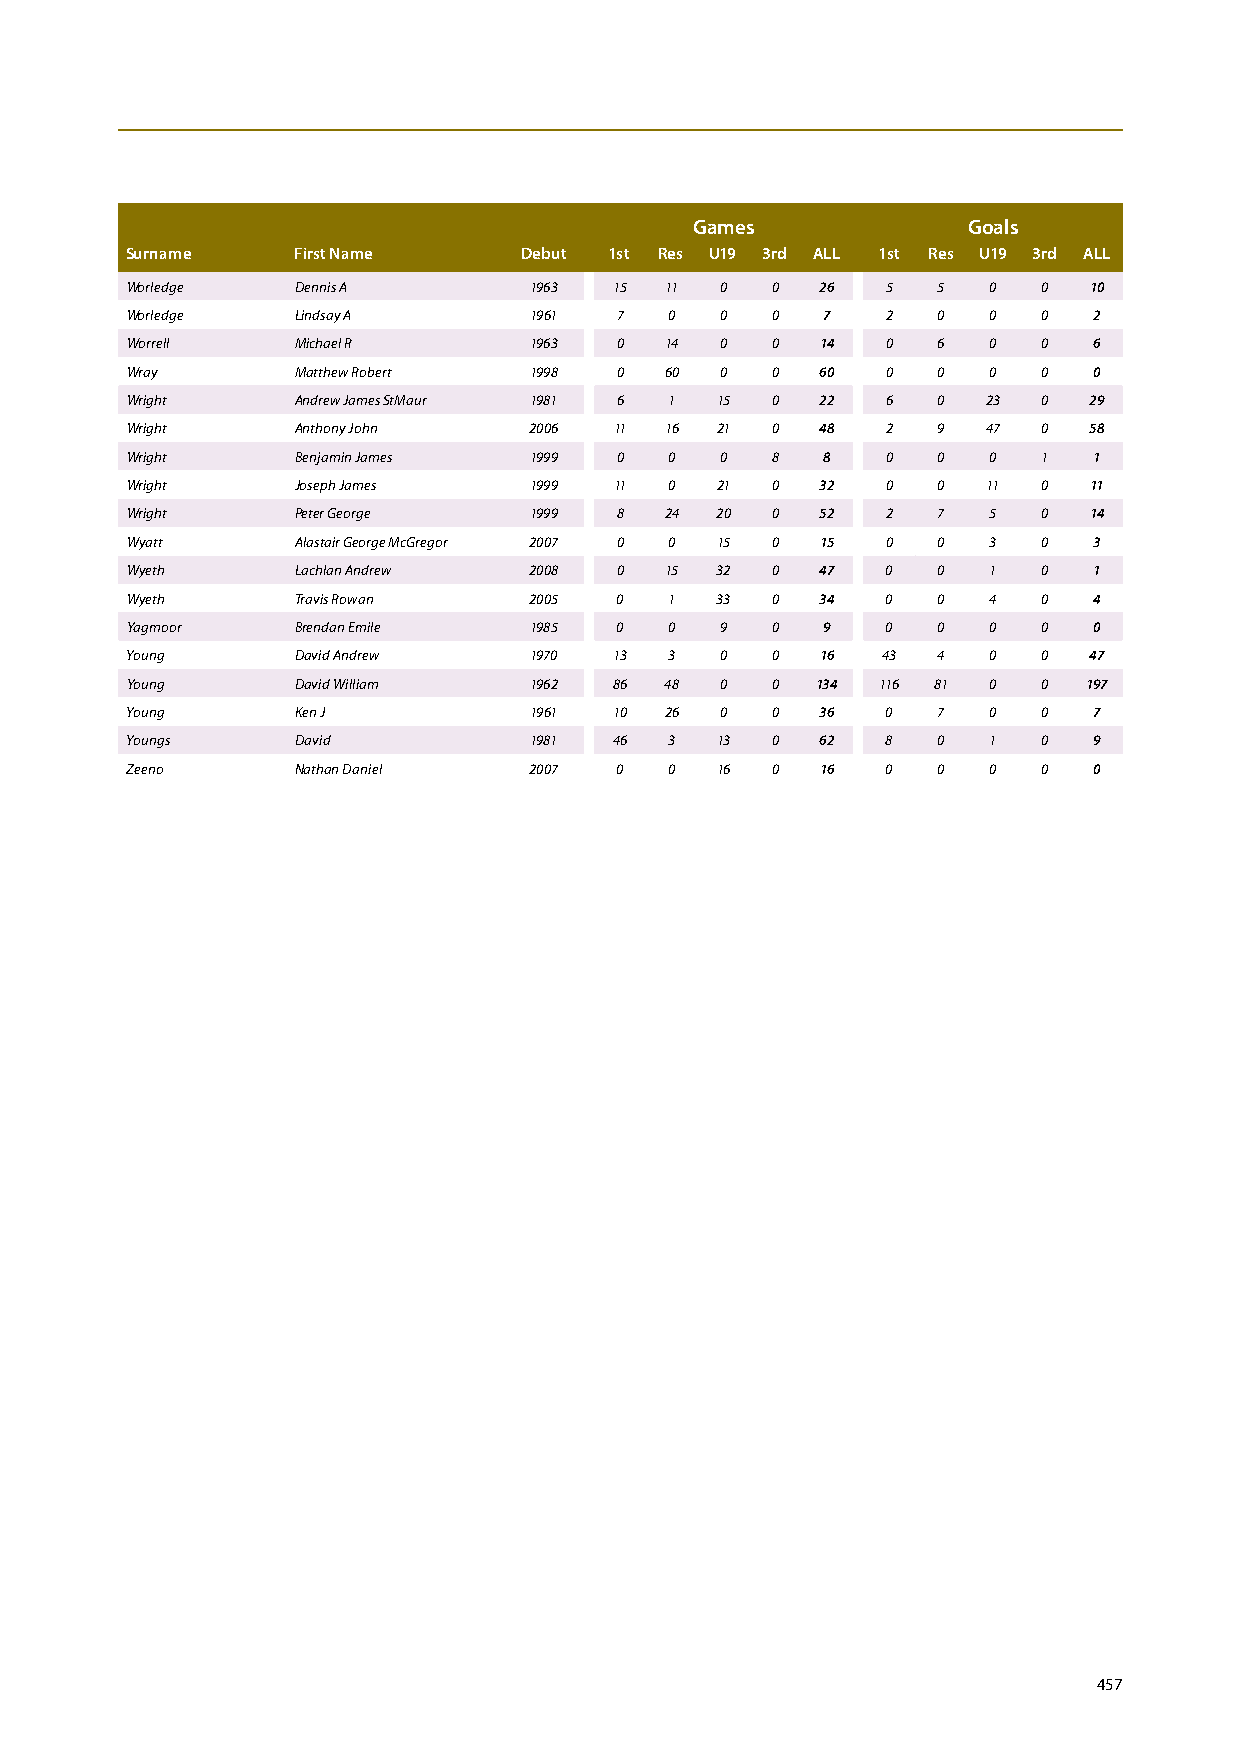
games             goals
 Surname    First Name     Debut 1st Res u19 3rd ALL 1st Res u19 3rd ALL
 Worledge    Dennis A       1963  15 11  0  0  26   5  5  0   0  10
 Worledge    Lindsay A      1961  7  0   0  0  7    2  0  0   0  2
 Worrell     Michael R      1963  0  14  0  0  14   0  6  0   0  6
 Wray        Matthew Robert 1998  0  60  0  0  60   0  0  0   0  0
 Wright      Andrew James StMaur 1981 6 1 15 0 22   6  0  23  0  29
 Wright      Anthony John   2006  11 16 21  0  48   2  9  47  0  58
 Wright      Benjamin James 1999  0  0   0  8  8    0  0  0   1  1
 Wright      Joseph James   1999  11 0  21  0  32   0  0  11  0  11
 Wright      Peter George   1999  8  24 20  0  52   2  7  5   0  14
 Wyatt       Alastair George McGregor 2007 0 0 15 0 15 0 0 3  0  3
 Wyeth       Lachlan Andrew 2008  0  15 32  0  47   0  0  1   0  1
 Wyeth       Travis Rowan   2005  0  1  33  0  34   0  0  4   0  4
 Yagmoor     Brendan Emile  1985  0  0   9  0  9    0  0  0   0  0
 Young       David Andrew   1970  13 3   0  0  16  43  4  0   0  47
 Young       David William  1962  86 48  0  0  134 116 81 0   0  197
 Young       Ken J          1961  10 26  0  0  36   0  7  0   0  7
 Youngs      David          1981  46 3  13  0  62   8  0  1   0  9
 Zeeno       Nathan Daniel  2007  0  0  16  0  16   0  0  0   0  0
 457